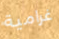
غرامية